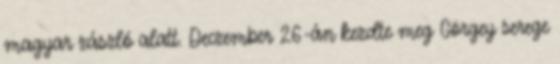
magyar zászló alatt. Deczember 26-án kezdte meg Görgey serege